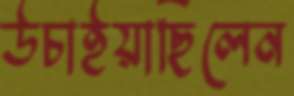
উচাইয়াছিলেন